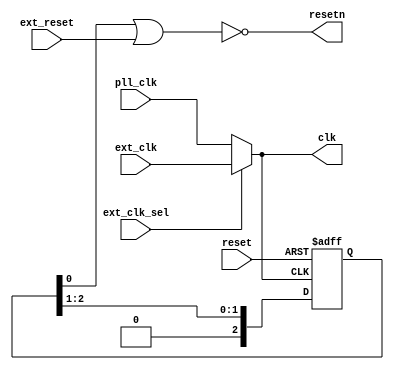
module striVe_clkrst(
	input ext_clk_sel,
	input ext_clk,
	input pll_clk,
	input reset, 
	input ext_reset,
	output clk,
	output resetn
);

	// Clock assignment (to do:  make this glitch-free)
	assign clk = (ext_clk_sel == 1'b1) ? ext_clk : pll_clk;

	// Reset assignment.  "reset" comes from POR, while "ext_reset"
	// comes from standalone SPI (and is normally zero unless
	// activated from the SPI).

	// Staged-delay reset
	reg [2:0] reset_delay;

	always @(posedge clk or posedge reset) begin
	    if (reset == 1'b1) begin
		reset_delay <= 3'b111;
	    end else begin
		reset_delay <= {1'b0, reset_delay[2:1]};
	    end
	end

	assign resetn = ~(reset_delay[0] | ext_reset);

endmodule